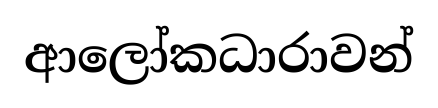
ආලෝකධාරාවන්